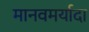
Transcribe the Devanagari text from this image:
मानवमर्यादा